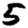
Digit: 5